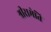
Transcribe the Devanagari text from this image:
श्रीरामेति